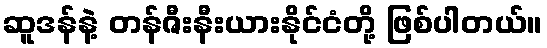
ဆူဒန်နဲ့ တန်ဇီးနီးယားနိုင်ငံတို့ ဖြစ်ပါတယ်။